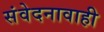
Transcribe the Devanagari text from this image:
संवेदनावाही